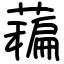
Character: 藊